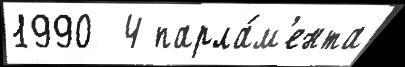
1990  4 парла́м'ента